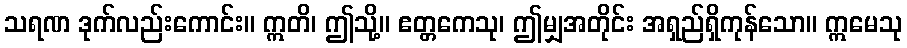
သရဏ ဒုက်လည်းကောင်း။ ဣတိ၊ ဤသို့။ ဧတ္တကေသု၊ ဤမျှအတိုင်း အရှည်ရှိကုန်သော။ ဣမေသု